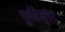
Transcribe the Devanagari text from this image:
पूर्वग्रेजुएट